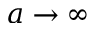
a \to \infty